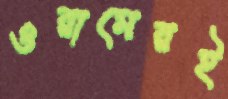
ওরামেরই